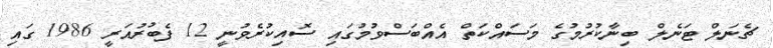
ޗެނަލް ޓަނެލް ބިނާކުރުމުގެ މަސައްކަތް އެއްބަސްވުމުގައި ސޮއިކުރެވުނީ 12 ފެބުރުއަރީ 1986 ގައި